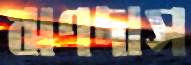
ঋণদাস